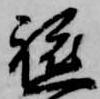
軈